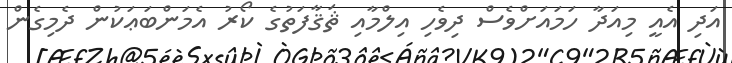
އަދި އެއީ މިއަދާ ހަމައަށްވެސް ދިވެހި އިލްމާއި ޘަޤާފަތުގެ ކޯރު އެމަންބަޢަކުން ދެމިގެން